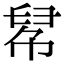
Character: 𢃵